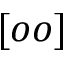
[ o o ]